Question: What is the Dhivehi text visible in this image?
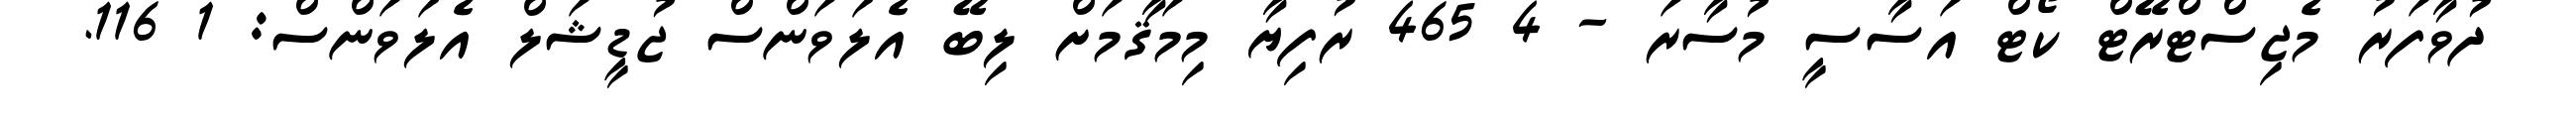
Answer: ދުވާފަރު މެޖިސްޓްރޭޓް ކޯޓް އަސާސީ މުސާރަ - 4 465 ރުފިޔާ މިމަޤާމަށް ލިބޭ އެލަވަންސް ޖުޑީޝަލް އެލަވަންސް: 1 116.